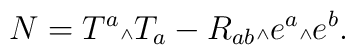
N=T^a \mbox{\tiny $\wedge$} T_a - R_{ab}\mbox{\tiny $\wedge$}e^a\mbox{\tiny $\wedge$} e^b.